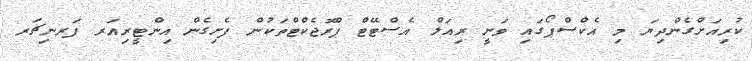
ކުރިއަށްގެންދިޔަ މި އެކްސްޕޯގައި ވަނީ ރިއަލް އެސްޓޭޓް ޕްރޮޖެކްޓްތަކުން ފެށިގެން އިންޓީރިއަރ ފަރނިޗަރ